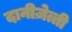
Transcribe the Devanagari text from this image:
दानीज़ेत्ती